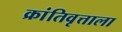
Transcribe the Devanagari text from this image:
क्रांतिवृत्ताला